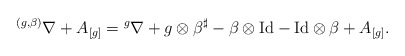
\begin{align*}{}^{(g,\beta)}\nabla+A_{[g]}={}^g\nabla+g\otimes \beta^{\sharp}-\beta\otimes\mathrm{Id}-\mathrm{Id}\otimes \beta+A_{[g]}. \end{align*}